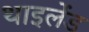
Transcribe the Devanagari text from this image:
थाइलेंड